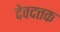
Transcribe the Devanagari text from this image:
देवदत्तक